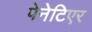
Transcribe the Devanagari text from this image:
पेनेटिएर